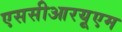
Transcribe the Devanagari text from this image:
एससीआरयूएम